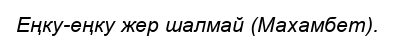
Еңку-еңку жер шалмай (Махамбет).